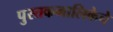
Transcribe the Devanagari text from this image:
पुस्तकमालिकेचे